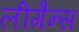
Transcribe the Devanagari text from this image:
लीगैन्स